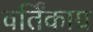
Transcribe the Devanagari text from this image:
वर्तिंकाग्र